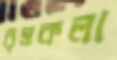
বৃত্তকলা